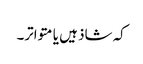
کہ شاذ ہیں یا متواتر۔